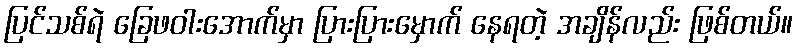
ပြင်သစ်ရဲ ခြေဖဝါးအောက်မှာ ပြားပြားမှောက် နေရတဲ့ အချိန်လည်း ဖြစ်တယ်။